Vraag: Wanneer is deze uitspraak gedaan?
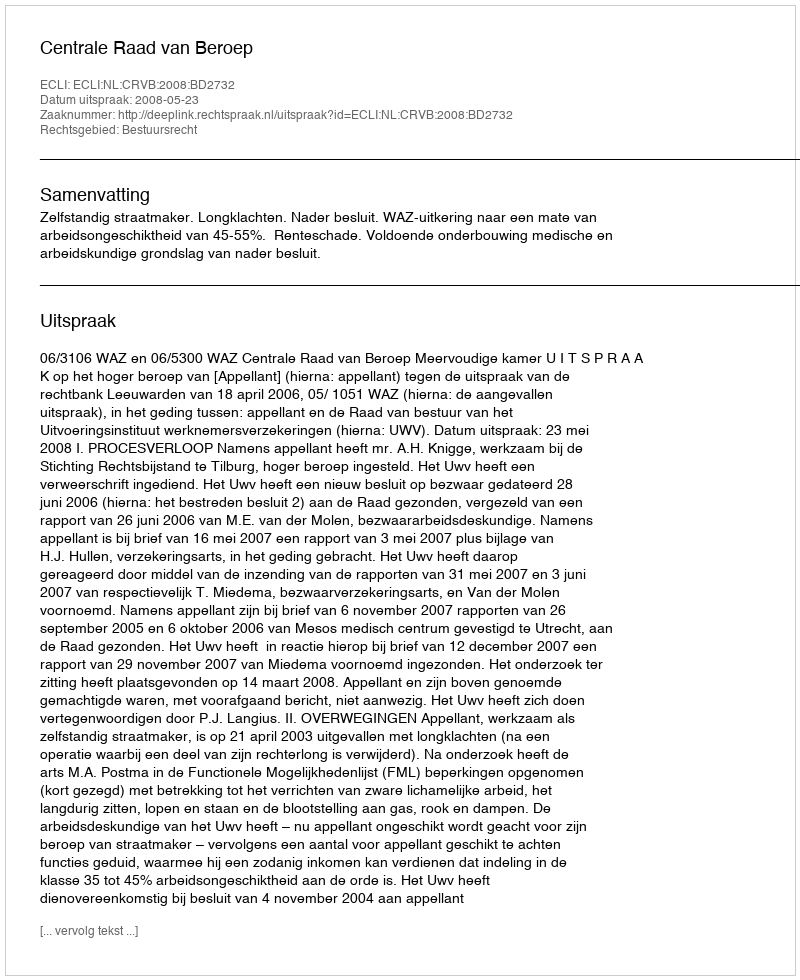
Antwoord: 2008-05-23